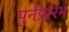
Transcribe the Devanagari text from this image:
पुर्नप्रारंभ